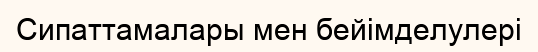
Сипаттамалары мен бейімделулері